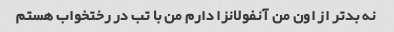
نه بدتر از اون من آنفولانزا دارم من با تب در رختخواب هستم